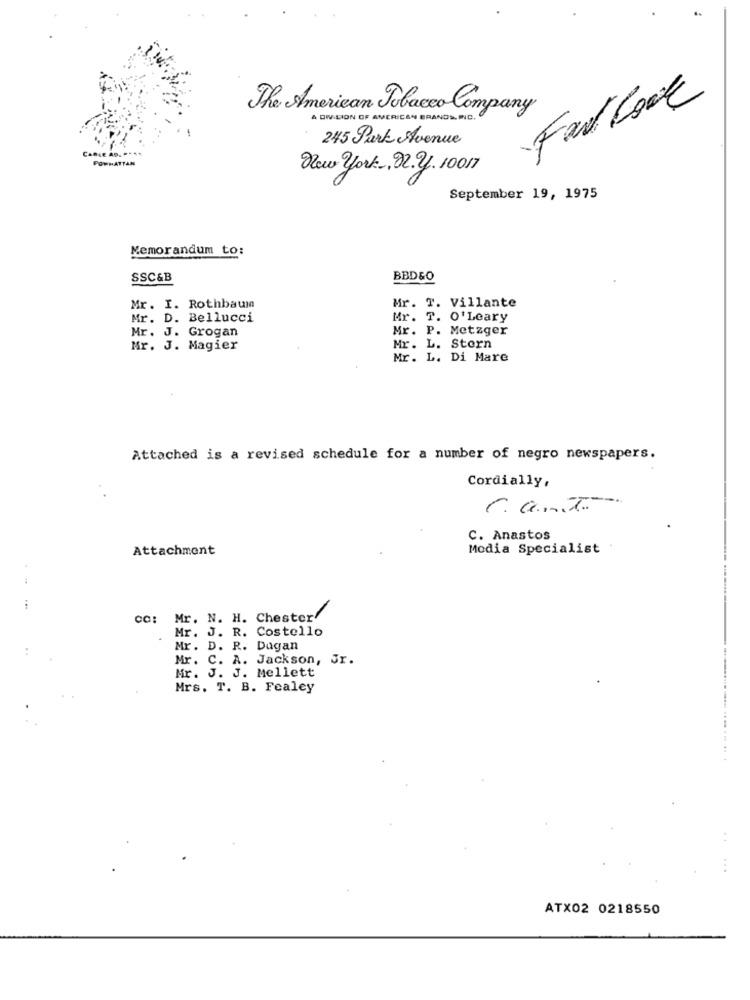
Far Cook
The American Tobacco Company
A DWADION OF AMERICAN BRANDS INC.
245 Park Avenue
POWHATTAN
New york, 22. 2. 10017
September 19, 1975
Memorandum to:
SSC&B
BBD&O
Mr. I. Rothbaum
Mr. T. Villante
Mr. D. Bellucci
Mr. T. O' Leary
Mr. J. Grogan
Mr. P. Metzger
Mr. J. Magier
Mr. L. Storn
Mr. L. Di Mare
Attached is a revised schedule for a number of negro newspapers.
Cordially,
C. Anastos
Attachment
Media Specialist
Mr. N. H. Chester'
Mr. J. R. Costello
Mr. D. R. Dugan
Mr. C. A. Jackson, Jr.
Mr. J. J. Mellett
Mrs. T. B. Fealey
................ ...
...
ATX02 0218550